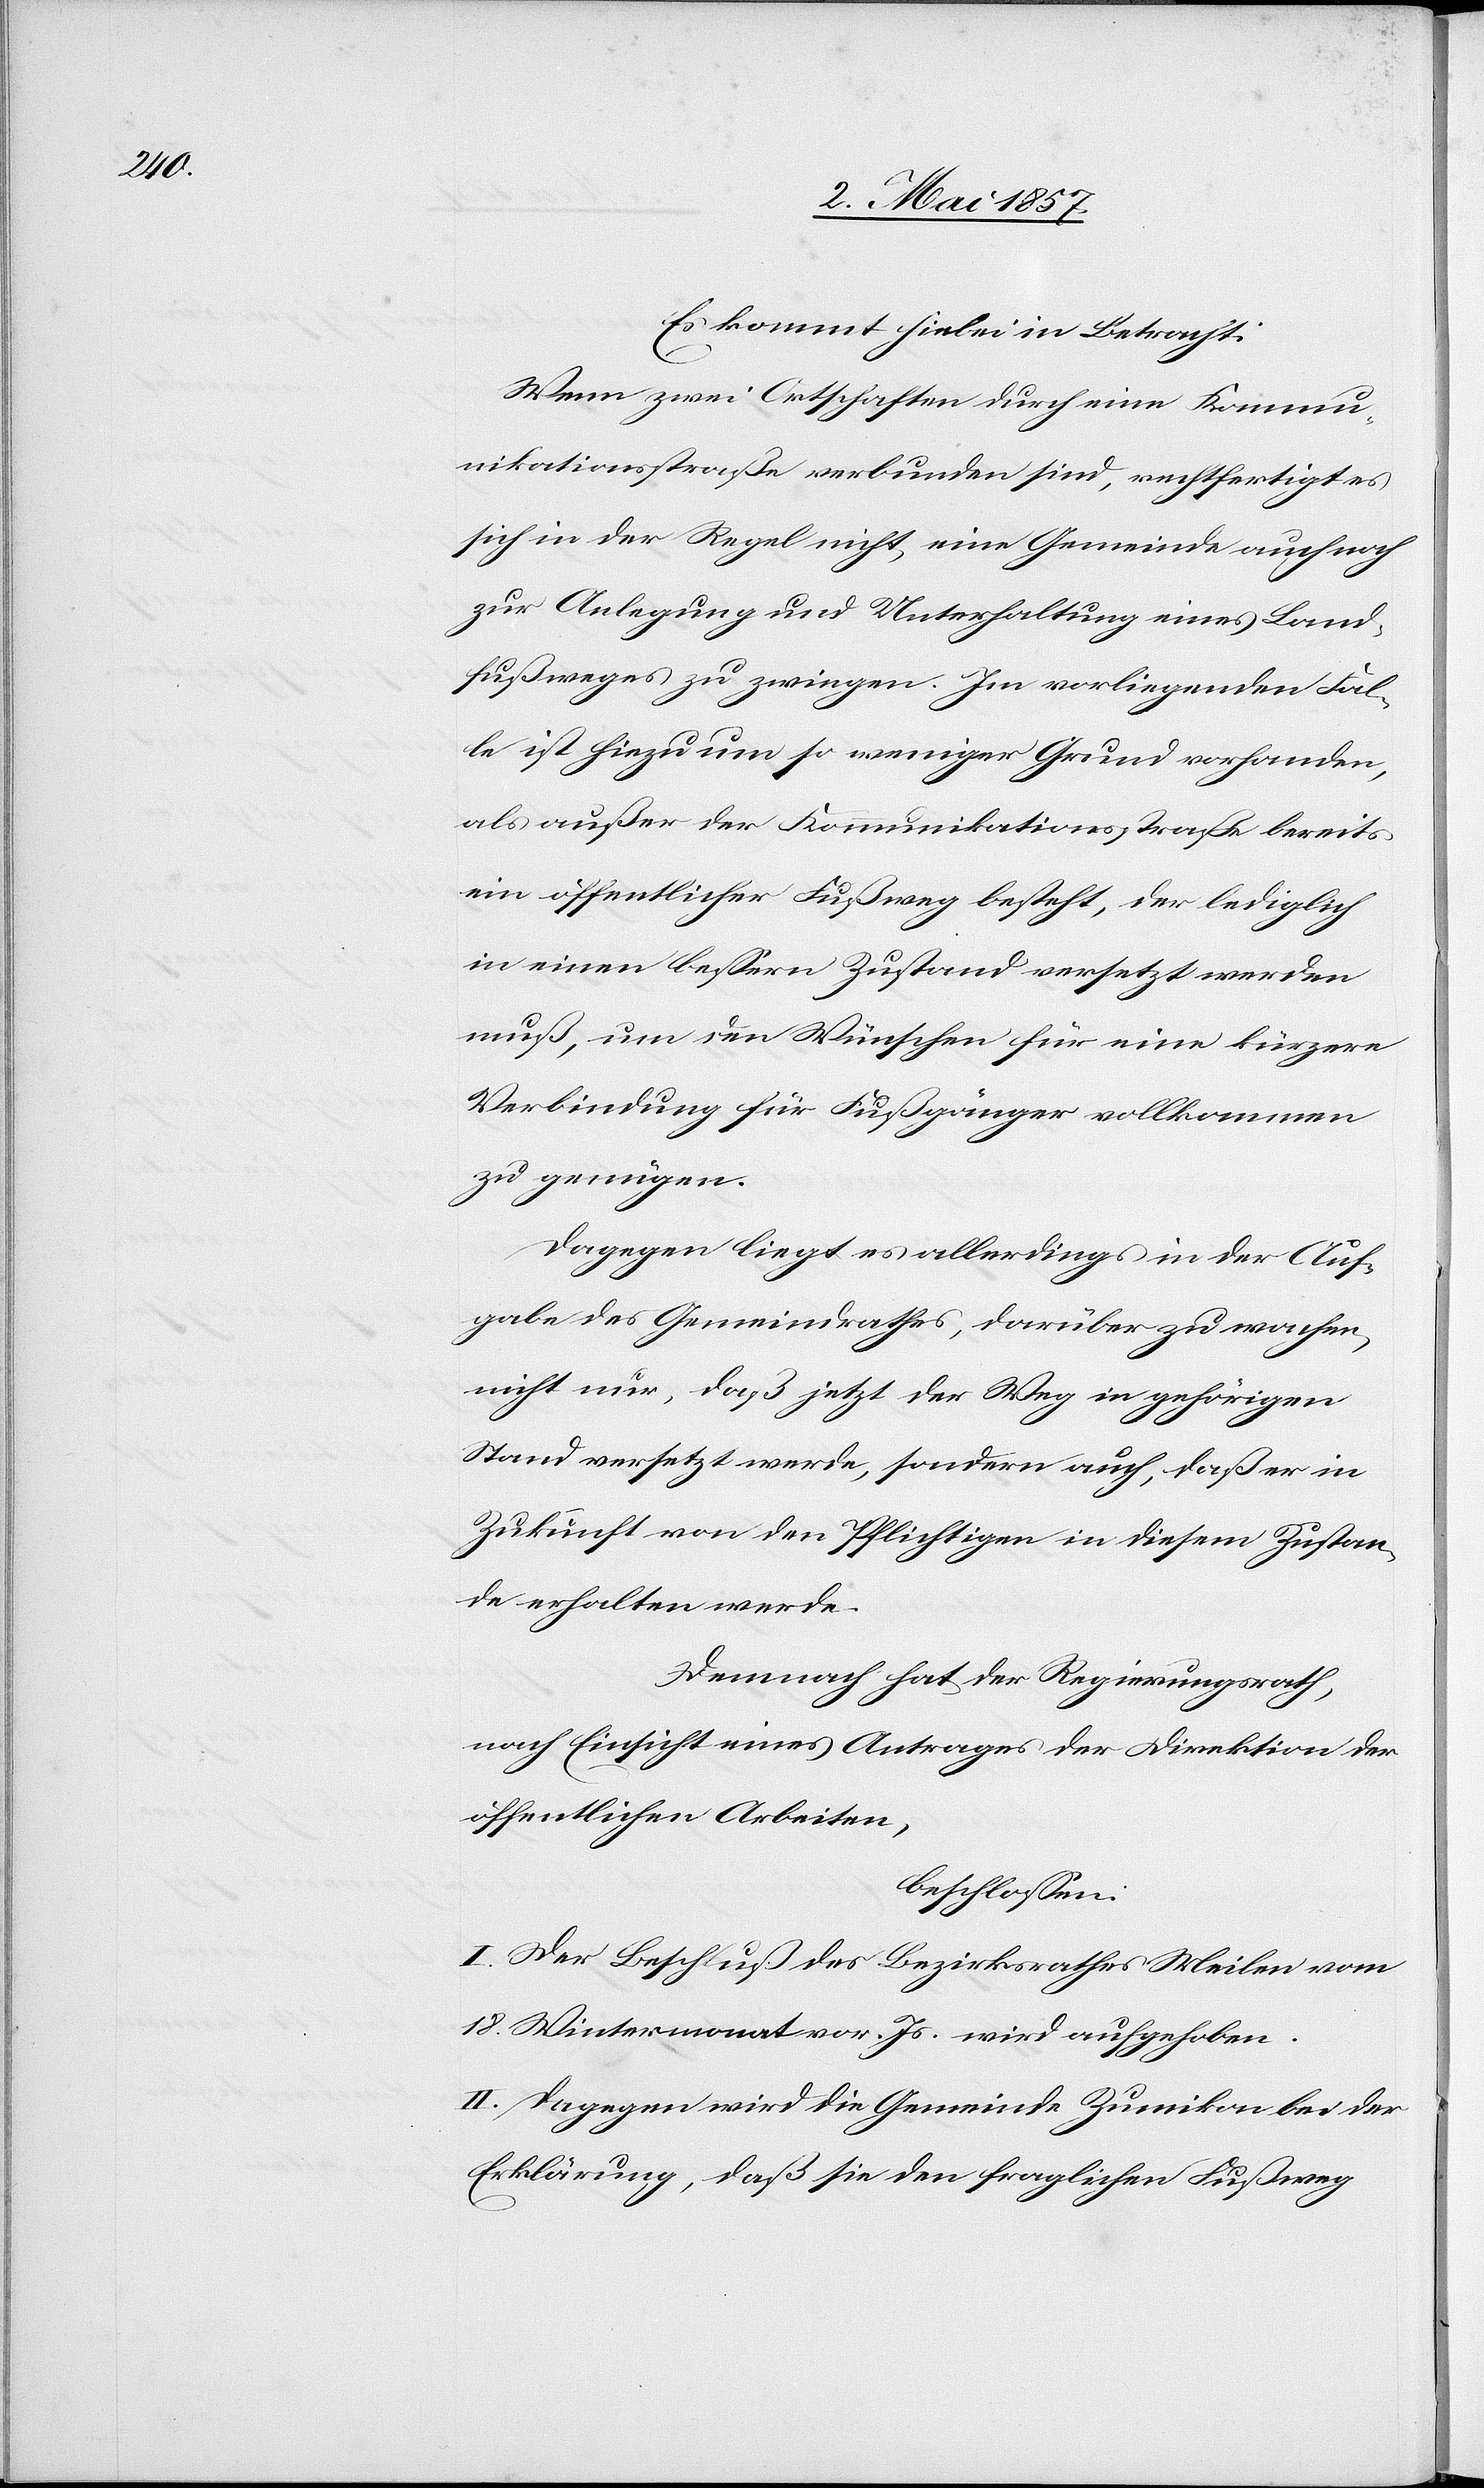
Es kommt hiebei in Betracht:
Wenn zwei Ortschaften durch eine Kommu¬
nikationsstraße verbunden sind, rechtfertigt es
sich in der Regel nicht eine Gemeinde auch noch
zur Anlegung und Unterhaltung eines Land¬
fußweges zu zwingen. Im vorliegenden Fal¬
le ist hiezu um so weniger Grund vorhanden,
als außer der Kommunikationsstraße bereits
ein öffentlicher Fußweg besteht, der lediglich
in einen beßern Zustand versetzt werden
muß, um den Wünschen für eine kürzere
Verbindung für Fußgänger vollkommen
zu genügen.
Dagegen liegt es allerdings in der Auf¬
gabe des Gemeindrathes, darüber zu wachen,
nicht nur, daß jetzt der Weg in gehörigen
Stand versetzt werde, sondern auch, daß er in
Zukunft von den Pflichtigen in diesem Zustan¬
de erhalten werde.
Demnach hat der Regierungsrath,
nach Einsicht eines Antrages der Direktion der
öffentlichen Arbeiten,
beschlossen:
I. Der Beschluß des Bezirksrathes Meilen vom
18. Wintermonat vor. Js. wird aufgehoben.
II. Dagegen wird die Gemeinde Zumikon bei der
Erklärung, daß sie den fraglichen Fußweg